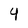
Character: 4